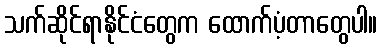
သက်ဆိုင်ရာနိုင်ငံတွေက ထောက်ပံ့တာတွေပါ။